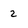
Character: 2